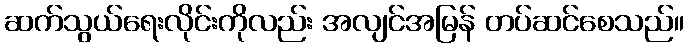
ဆက်သွယ်ရေးလိုင်းကိုလည်း အလျင်အမြန် တပ်ဆင်စေသည်။